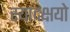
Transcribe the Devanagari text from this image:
स्यादक्षयो